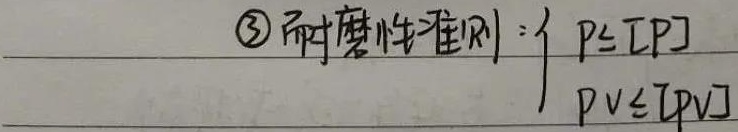
\textcircled{3} 耐磨性准则：\(\begin{cases}p\leq [p]\\pv\leq [pv]\end{cases}\)